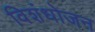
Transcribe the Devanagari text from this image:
विशंधोजन